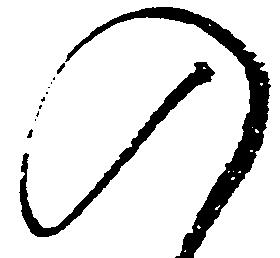
入